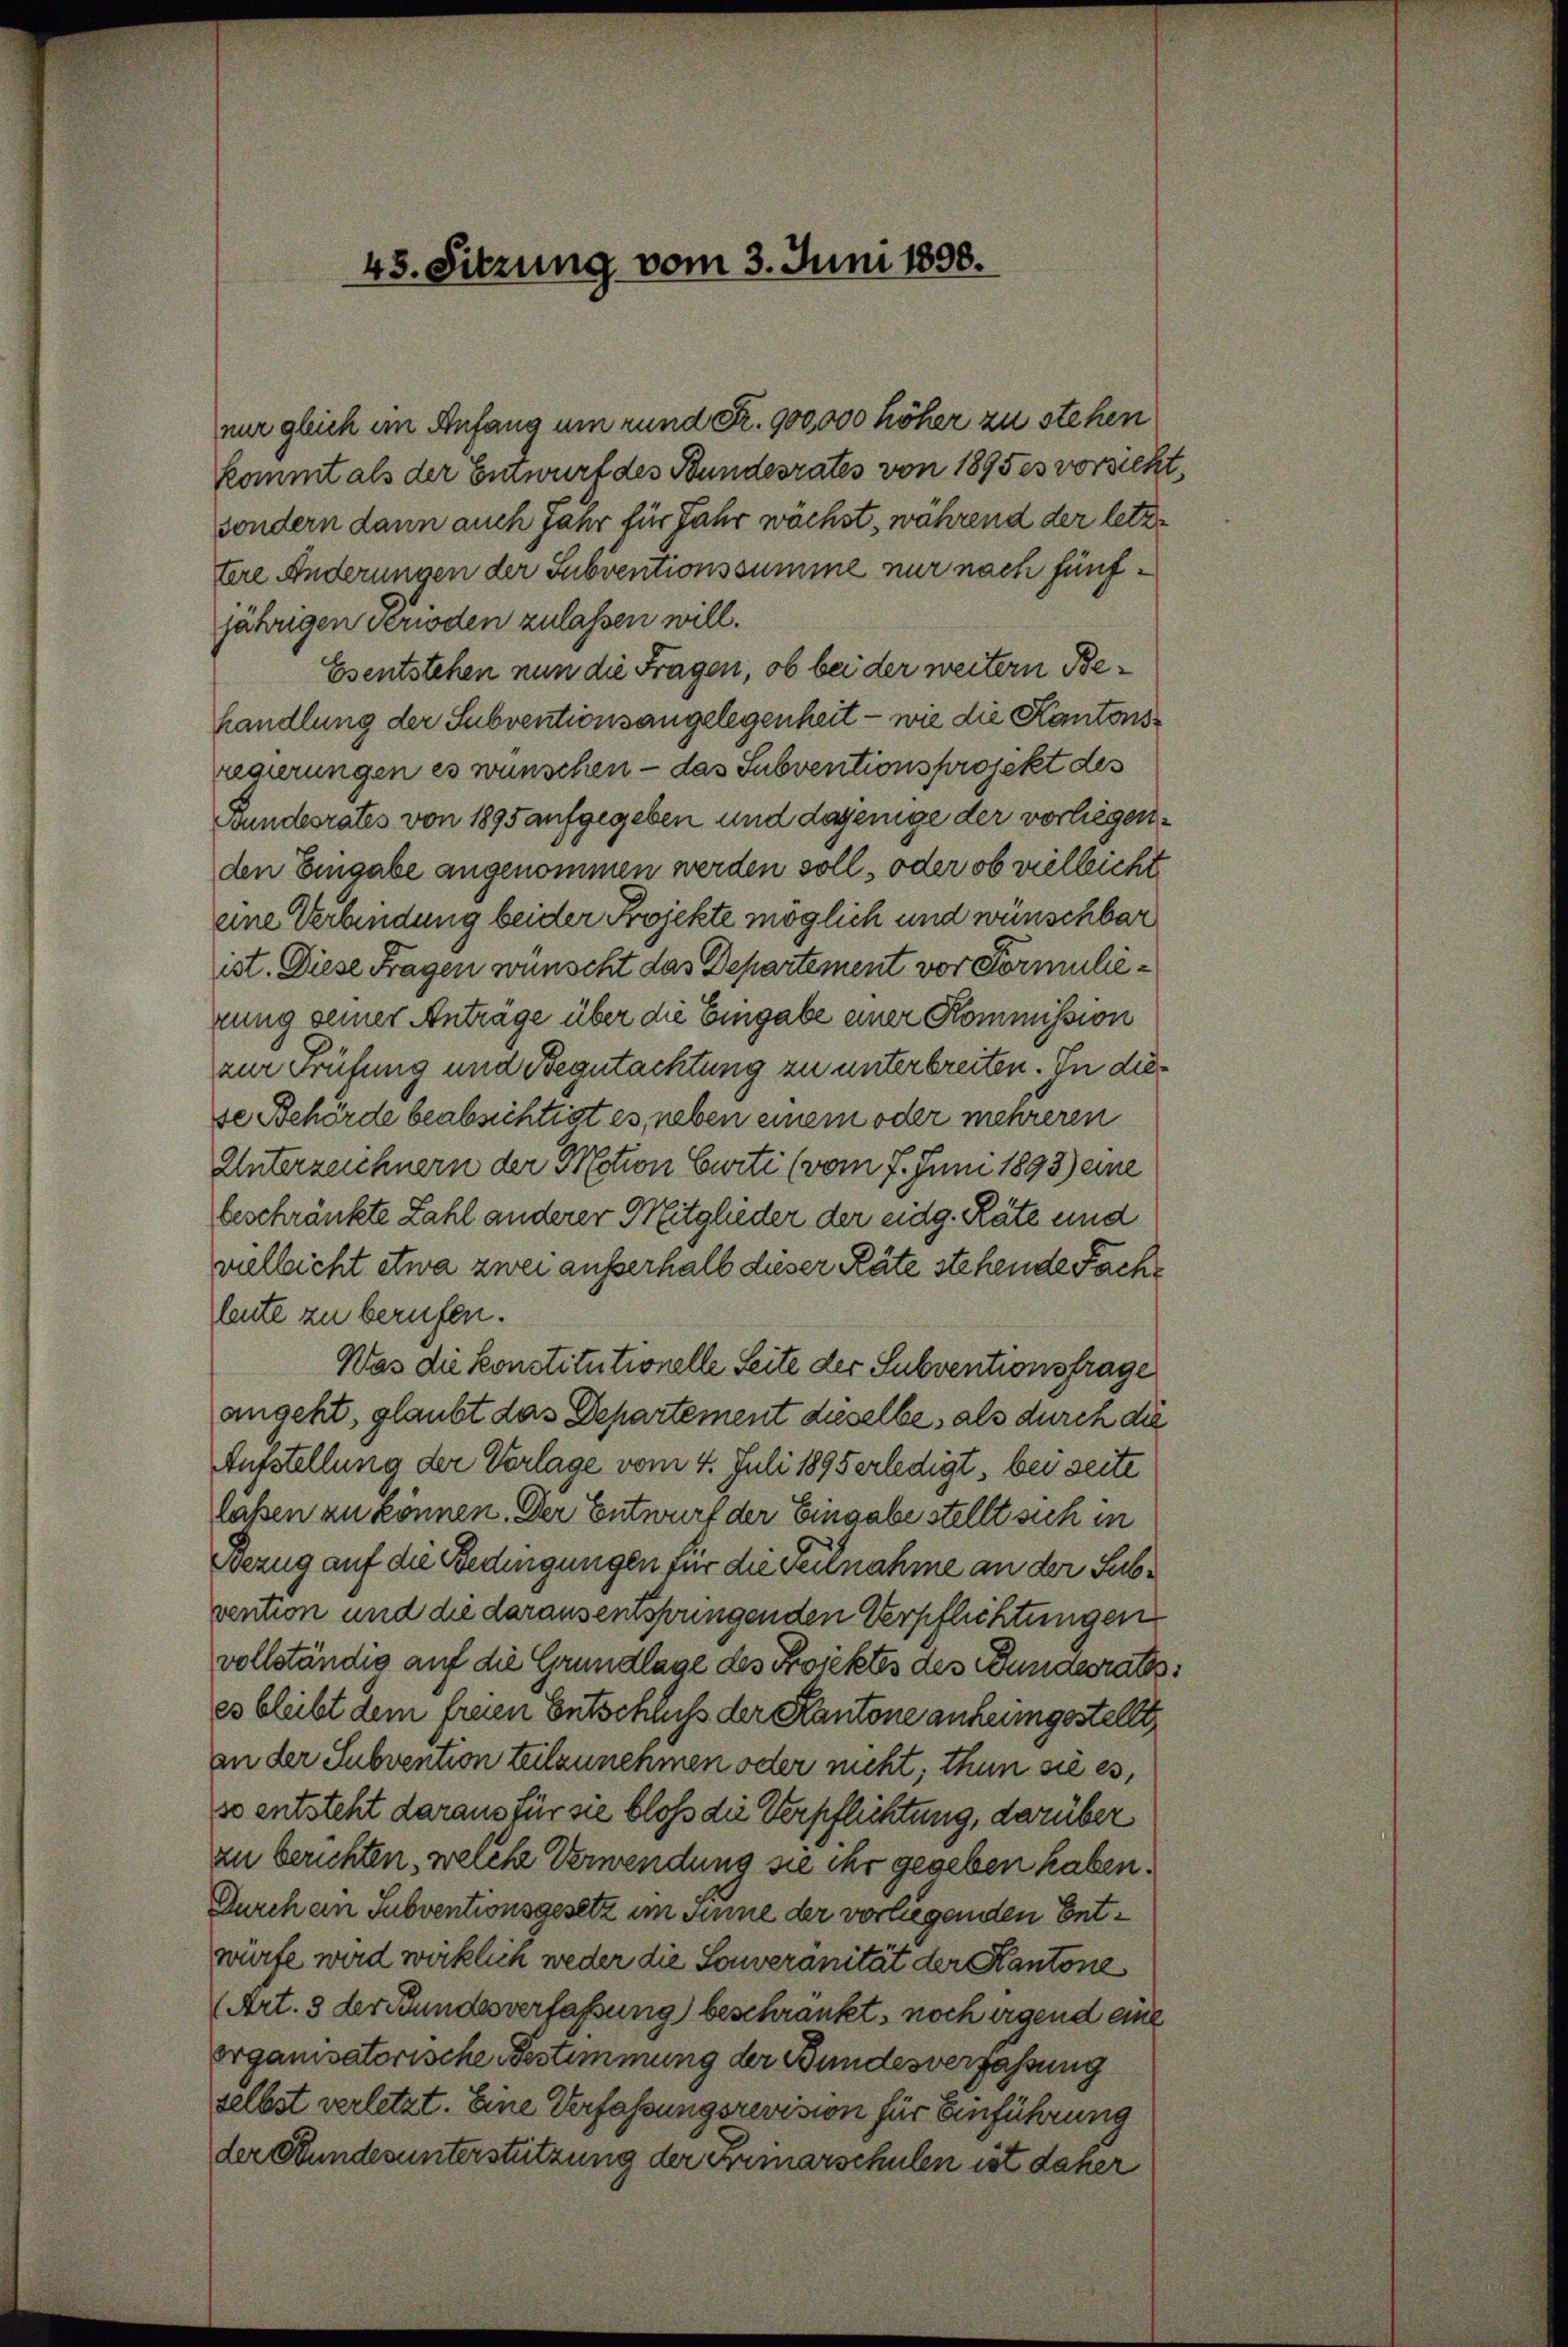
45. Sitzung vom 3. Juni 1898.

kommt als der Entwurf des Bundesrates von 1895 es vorsieht,
sondern dann auch Jahr für Jahr wöchst, während der letztere Änderungen der Subventionssumme nur nach fünfjährigen verioden zulassen will.
Esentstehen nun die Fragen, ob bei der weitern Behandlung der Subventionsangelegenheit - wie die Kantonsregierungen es wünschen – das Subventions projekt des
Bundesrates von 1895 aufgegeben und dajenige der vorliegenden Eingabe angenommen werden soll, oder ob vielleicht
eine Verbindung beider Projekte möglich und wünschbar
ist. Diese Fragen wünscht das Departement vor Formulierung seiner Anträge über die Eingabe einer Kommission
zur Prüfung und Begutachtung zu unterbreiten. In diese Behörde beabsichtigt es, neben einem oder mehreren
Unterzeichnern der Motion Curti (vom 7. Juni 1893) eine
beschränkte Zahl anderer Mitglieder der eidg. Räte und
vielleicht etwa zwei ausserhalb dieser Räte stehende Fache
leute zu berufen.
Was die Konstitutionelle Seite der Subventionsfrage
angeht, glaubt das Departement dieselbe, als durch die
Aufstellung der Vorlage vom 4. Juli 1895 erledigt, bei seite
laßen zu können. Der Entwurf der Eingabe stellt sich in
Bezug auf die Bedingungen für die Teilnahme an der Subvention und die daraus einspringenden Verpflichtungen
vollständig auf die Grundlage des Projektes des Bundesrath
es bleibt dem freien Entschluß der Kantone anheimgestellt,
an der Subvention teilzunehmen oder nicht, thun sie es,
so entsteht daraus für sie bloß die Verpflichtung, darüber
zu berichten, welche Verwendung sie ihr gegeben haben.
Durch ein Subventionsgesetz im Sinne der vorliegenden Entwürfe wird wirklich weder die Souveranität der Kantone
(Art. 3 der Bundesverfassung beschränkt, noch irgend eine
Organisatorische Bestimmung der Bundesverfahrung
selbst verletzt. Eine Verfassungsrevision für Einführung
der Bundesunterstützung der Remarschulen ist daher

nur gleich im Anfang um rund Fr. 900,000 höher zu stehen